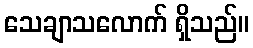
သေချာသလောက် ရှိသည်။